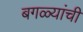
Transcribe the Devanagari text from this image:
बगळ्यांची